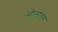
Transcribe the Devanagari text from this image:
भीलालस